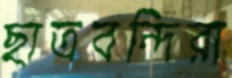
ছাত্রবন্দিরা